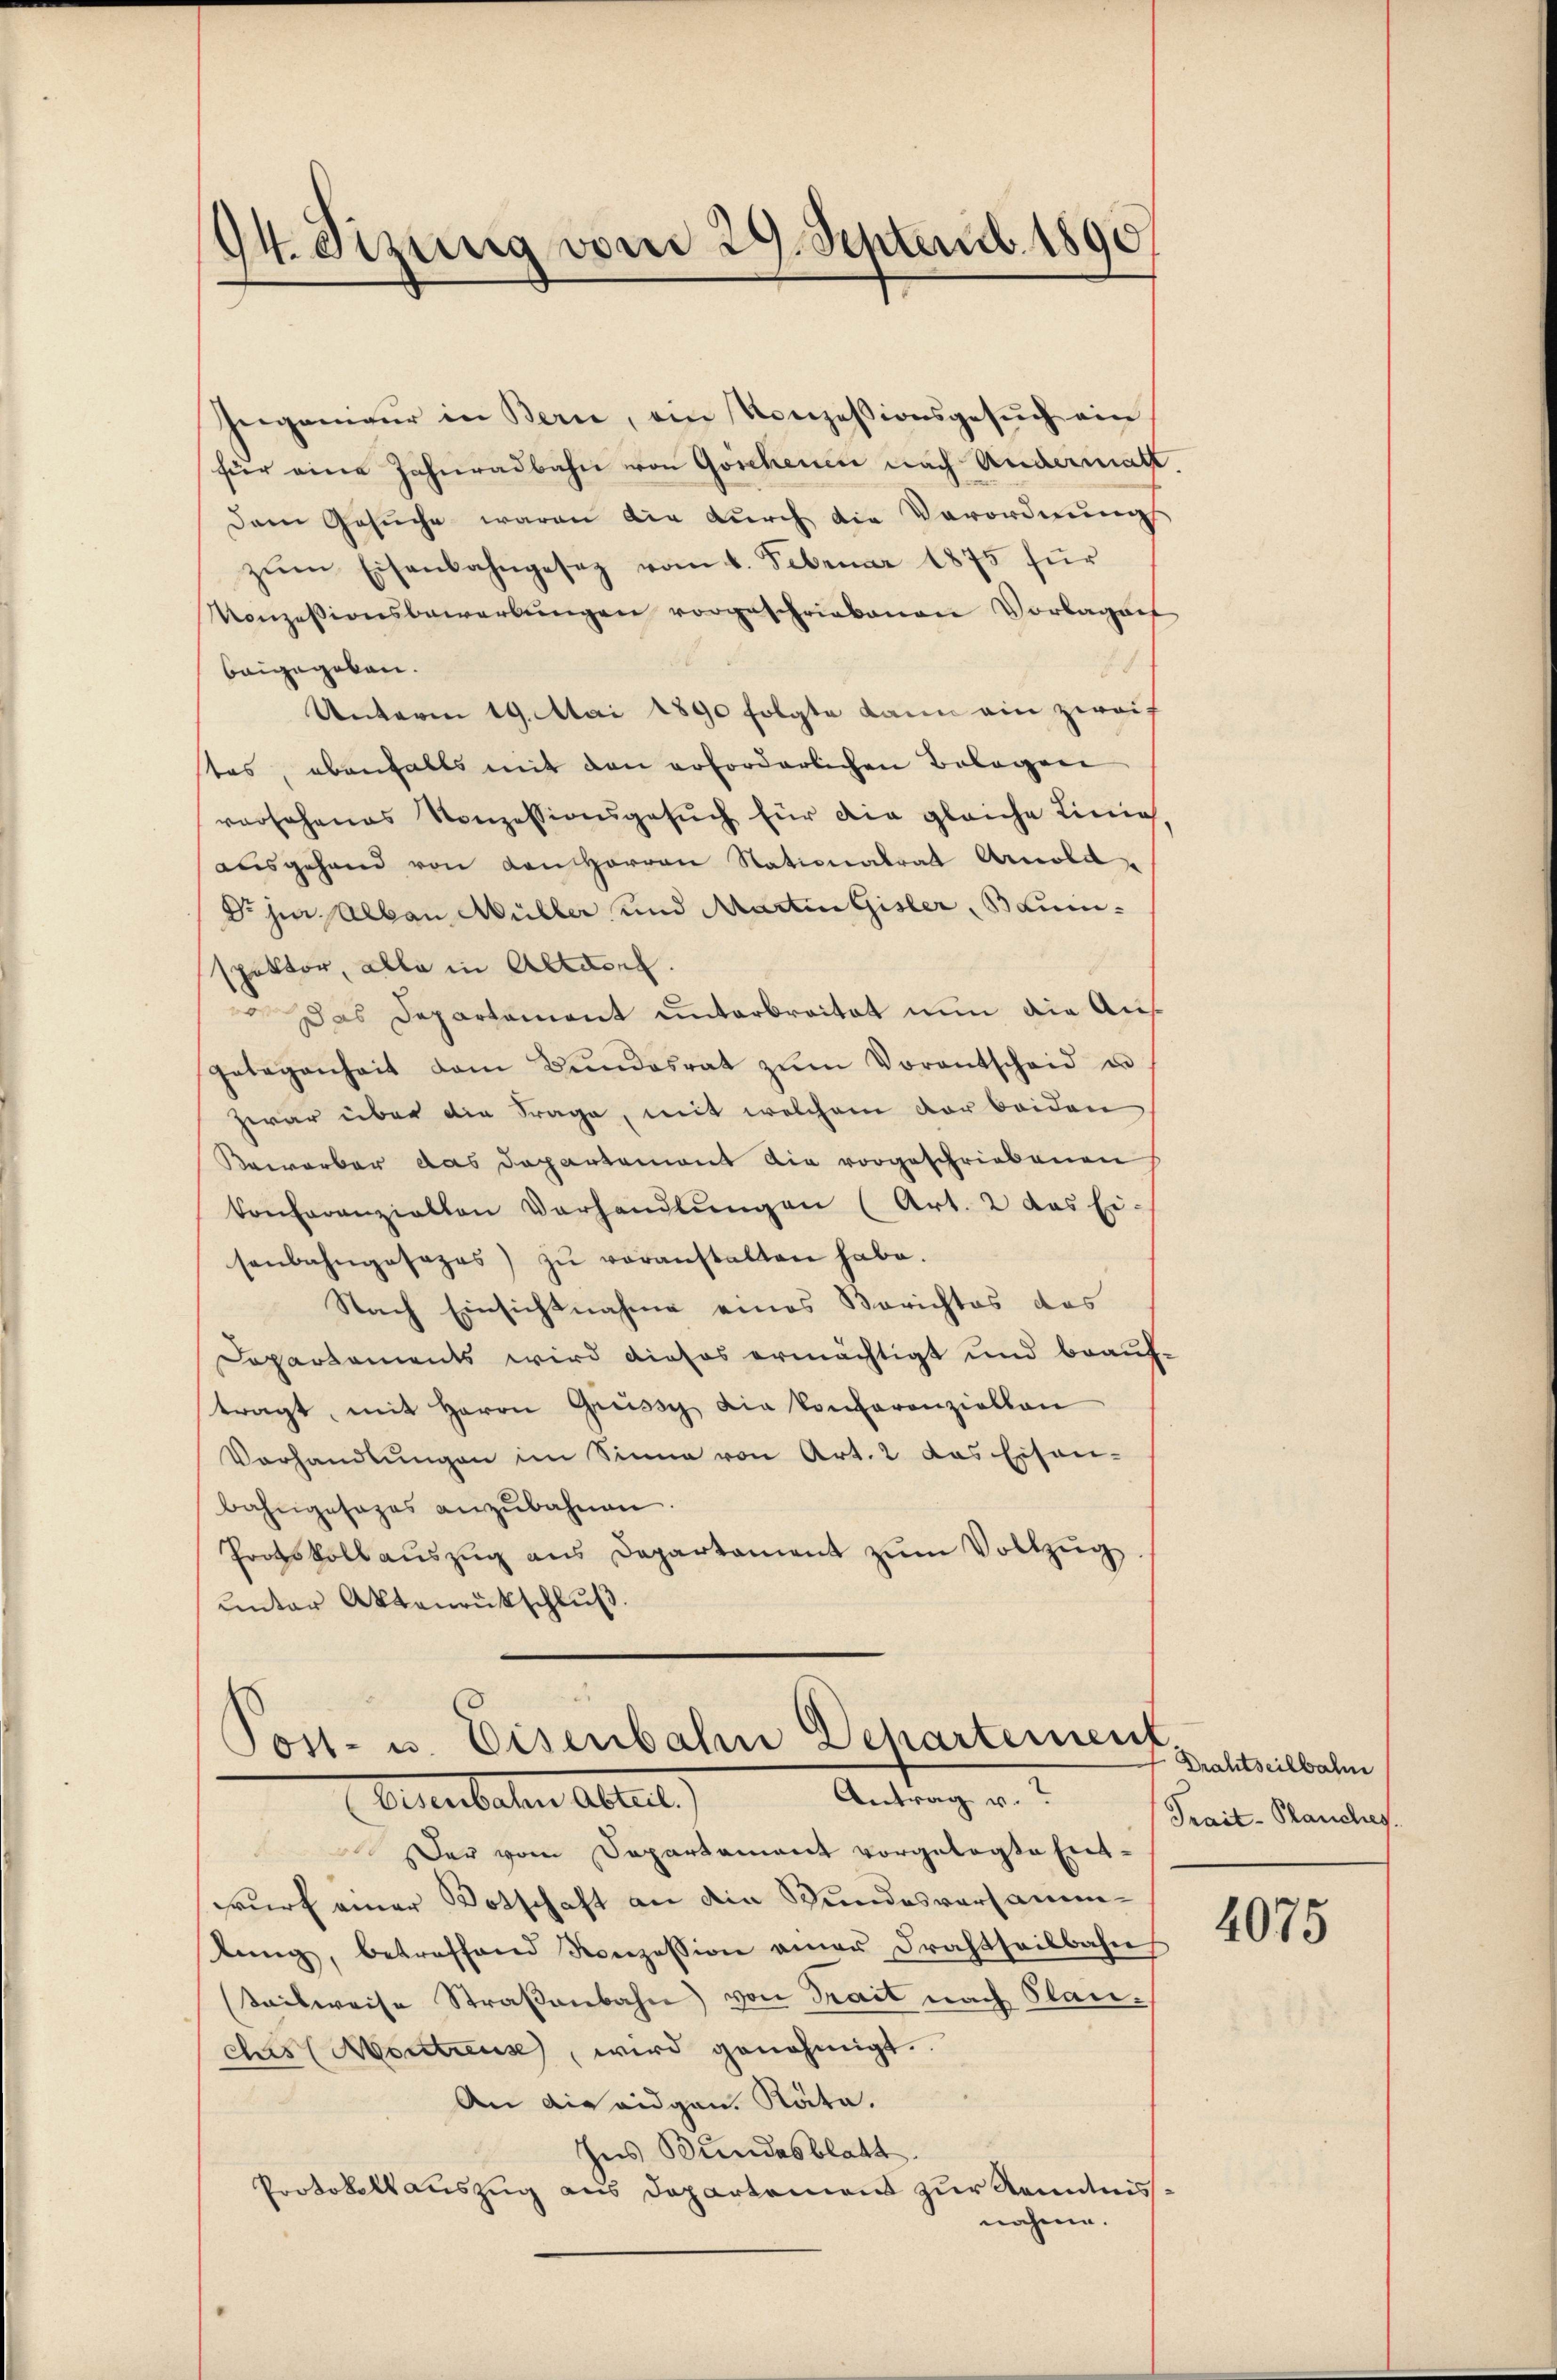
Ingenieŭr in Bern, ein Konzessionsgesŭch ein
für eine Jahnradbahn von Göschenen nach Andermat
Dem Gesuche waren die durch die Verordnung
zŭm Eisenbahngesez vom 6. Februar 1875 für
Konzessionsbewerbŭngen vorgeschriebenen Vorlagen
i
beigegeben.
Unterm 19. Mai 1890 folgte dann ein zwei
tes, ebenfalls mit den erforderlichen Belagen
rorsehenes Konzessionsgesŭch für die gleiche Linie.
ausgehand von den Herren Stationalrat Arnold
Dr. Hier Alban Müller und Martin Gisler, Baumspektor, alle in Alten.
 Das Departament unterbreitet nun die Aus¬
Gelegenheit dem Bŭndesrat zŭm Vorantscheid un
zwar über die Frage, mit welchem vor beiden
Bewerber das Departemont die vorgeschriebenen
konferanzialten Verhandlŭngen (Art. 2 das Ei
senbahngesages) zŭ veranstalten habe.
Nach Einsichtnahme eines Berichtes des
Departements wird dieses ermächtigt und beauftragt, mit Herrn Greissch die Konkoronziellen
Vorhandlŭngen im Sinne von Art. 2 das Eisen-
bahngesages anzŭbahnen.
Protokoll aŭszŭg ans Departament zŭm Vollzŭg.
unter Aktenrückschluß.

94. Sizung vom 29. Septemb. 1890

Post- u. Eisenbahn Dehartement
Antrag v.
Oetenbachen Abteil

Der vom Departement vorgelegte Entwurf einer Totschaft an die Bundesversammtung, betreffend Konzession einer Drahtheilbahn
teilweise Straßenbahn von Trait nach Plan-
chis (Montreuse, wird genehmigt.
An Aisaidgan. Räte.
hes Bundesblatt.
Protokollauszug aus Departement zur Kenntnis.
nahme.

Drahtseilbahn
Prait- Planches.

4075